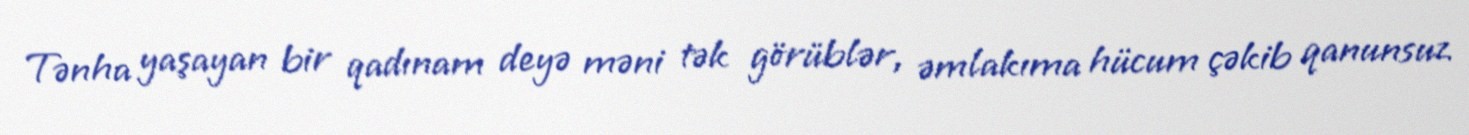
Tənha yaşayan bir qadınam deyə məni tək görüblər, əmlakıma hücum çəkib qanunsuz